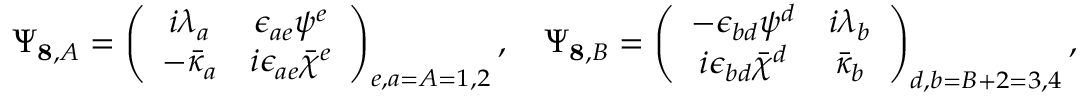
\Psi _ { { \bf 8 } , A } = \left( \begin{array} { c c } { { i \lambda _ { a } } } & { { \epsilon _ { a e } \psi ^ { e } } } \\ { { - \bar { \kappa } _ { a } } } & { { i \epsilon _ { a e } \bar { \chi } ^ { e } } } \end{array} \right) _ { e , a = A = 1 , 2 } , \quad \Psi _ { { \bf 8 } , B } = \left( \begin{array} { c c } { { - \epsilon _ { b d } \psi ^ { d } } } & { { i \lambda _ { b } } } \\ { { i \epsilon _ { b d } \bar { \chi } ^ { d } } } & { { \bar { \kappa } _ { b } } } \end{array} \right) _ { d , b = B + 2 = 3 , 4 } ,